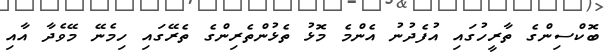
ބޮކްސިންގެ ތާރީހުގައި އުފެދުނު އެންމެ މޮޅު ތެޅުންތެރިންގެ ތެރޭގައި ހިމެނޭ މޭވެދާ އާއި